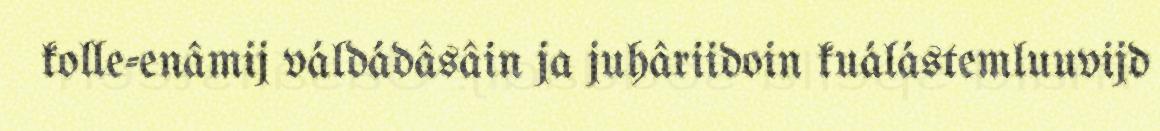
kolle-enâmij váldádâsâin ja juhâriidoin kuálástemluuvijd